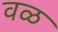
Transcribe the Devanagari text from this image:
वळ